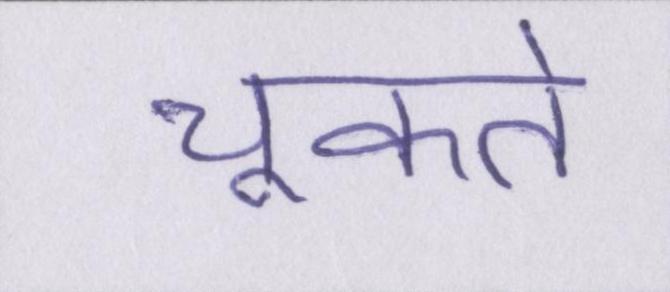
चूकते